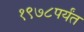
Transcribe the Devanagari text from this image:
१९७८पर्यंत